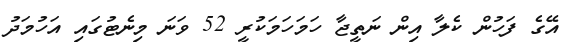
އޭގެ ފަހުން ކެލާ އިން ނަތީޖާ ހަމަހަމަކުރީ 52 ވަނަ މިނެޓުގައި އަހުމަދު